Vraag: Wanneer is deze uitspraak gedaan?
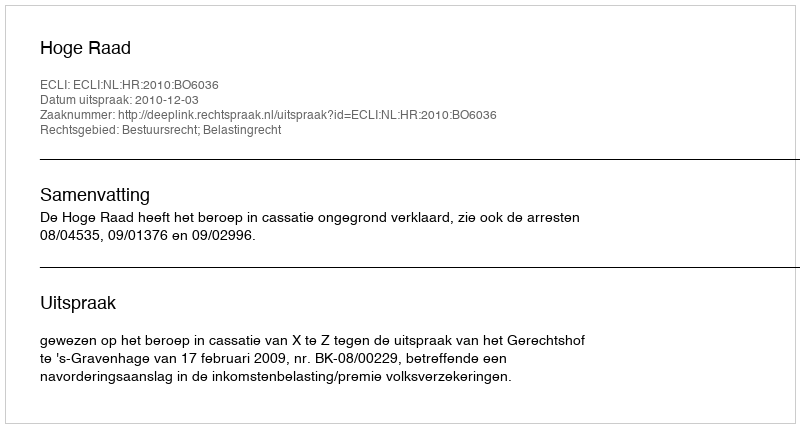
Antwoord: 2010-12-03